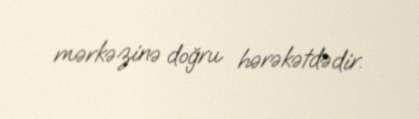
mərkəzinə doğru hərəkətdədir.